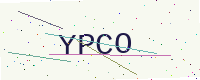
Text: YPCO